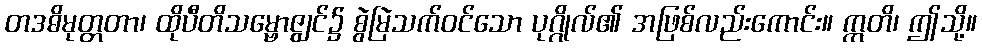
တဒဓိမုတ္တတာ၊ ထိုပီတိသမ္ဗောဇျွင်၌ စွဲမြဲသက်ဝင်သော ပုဂ္ဂိုလ်၏ အဖြစ်လည်းကောင်း။ ဣတိ၊ ဤသို့။